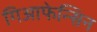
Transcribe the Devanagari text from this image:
गिआफेन्सिन